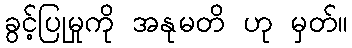
ခွင့်ပြုမှုကို အနုမတိ ဟု မှတ်။